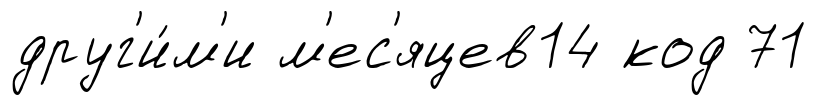
друг'и́м'и м'ес'яцев14 код 71